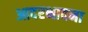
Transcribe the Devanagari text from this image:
आदरभावना